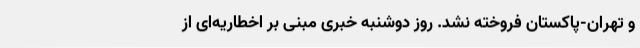
و تهران-پاکستان فروخته نشد. روز دوشنبه خبری مبنی بر اخطاریه‌ای از